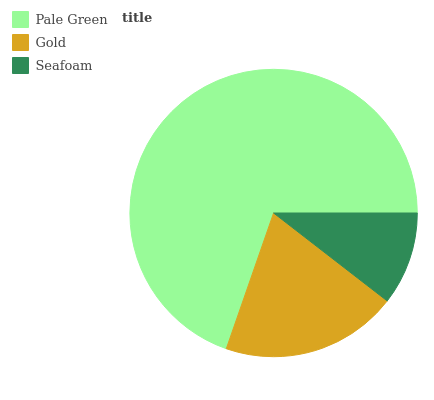
| Pale Green | Gold | Seafoam |
 | --- | --- | --- |
 | 69.6% | 19.9% | 10.5% |